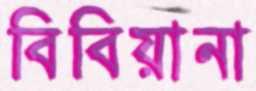
বিবিয়ানা